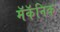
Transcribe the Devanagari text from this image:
मॅकॅनिक